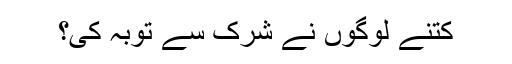
کتنے لوگوں نے شرک سے توبہ کی؟